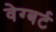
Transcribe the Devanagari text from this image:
वेग्बर्ट